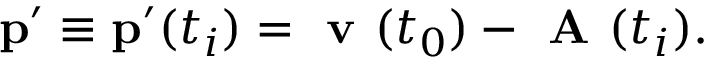
\mathbf { p } ^ { \prime } \equiv \mathbf { p } ^ { \prime } ( t _ { i } ) = \textbf { v } ( t _ { 0 } ) - \textbf { A } ( t _ { i } ) .